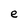
Character: e